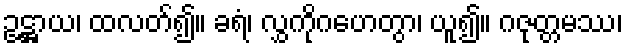
ဥဋ္ဌာယ၊ ထလတ်၍။ ခရံ၊ လွှကိုဂဟေတွာ၊ ယူ၍။ ဂဇုတ္တမဿ၊